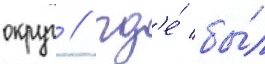
округ / гд'е́ бы́л